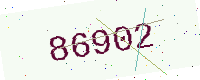
Text: 86902